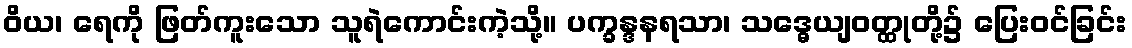
ဝိယ၊ ရေကို ဖြတ်ကူးသော သူရဲကောင်းကဲ့သို့။ ပက္ခန္ဒနရသာ၊ သဒ္ဓေယျဝတ္ထုတို့၌ ပြေးဝင်ခြင်း